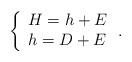
LaTeX: \begin{align*} \left\{ \begin{array}{l} H = h+E \\ h = D+E \end{array} \right..\end{align*}